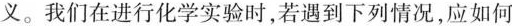
义。我们在进行化学实验时，若遇到下列情况，应如何